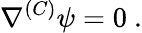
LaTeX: \nabla^{(C)}\psi=0~.